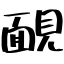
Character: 靦